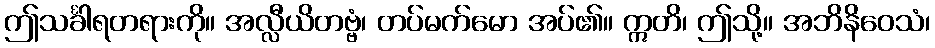
ဤသင်္ခါရတရားကို။ အလ္လီယိတဗ္ဗံ၊ တပ်မက်မော အပ်၏။ ဣတိ၊ ဤသို့။ အဘိနိဝေသံ၊